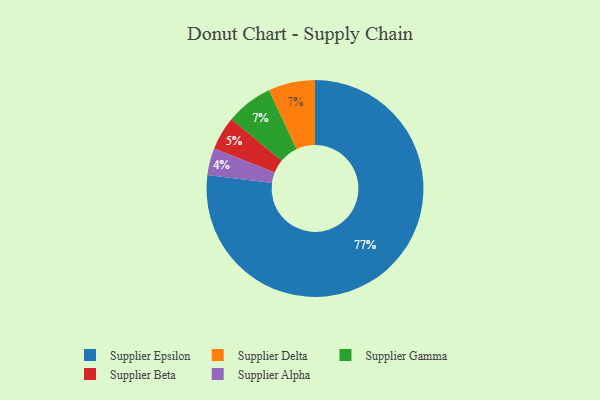
{"axis": {"x": "Category", "y": "Percentage"}, "legend": ["Supplier Alpha", "Supplier Beta", "Supplier Delta", "Supplier Epsilon", "Supplier Gamma"], "data": [{"x": "Supplier Delta", "y": 7, "type": "Supplier Delta"}, {"x": "Supplier Epsilon", "y": 77, "type": "Supplier Epsilon"}, {"x": "Supplier Alpha", "y": 4, "type": "Supplier Alpha"}, {"x": "Supplier Beta", "y": 5, "type": "Supplier Beta"}, {"x": "Supplier Gamma", "y": 7, "type": "Supplier Gamma"}]}